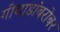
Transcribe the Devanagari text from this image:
गीधाडांबरोबर